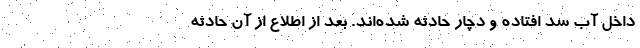
داخل آب سد افتاده و دچار حادثه شده‌اند. بعد از اطلاع از آن حادثه